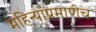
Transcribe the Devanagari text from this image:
महिन्यांप्रमाणेच